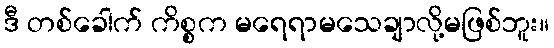
ဒီ တစ်ခေါက် ကိစ္စက မရေရာမသေချာလို့မဖြစ်ဘူး။